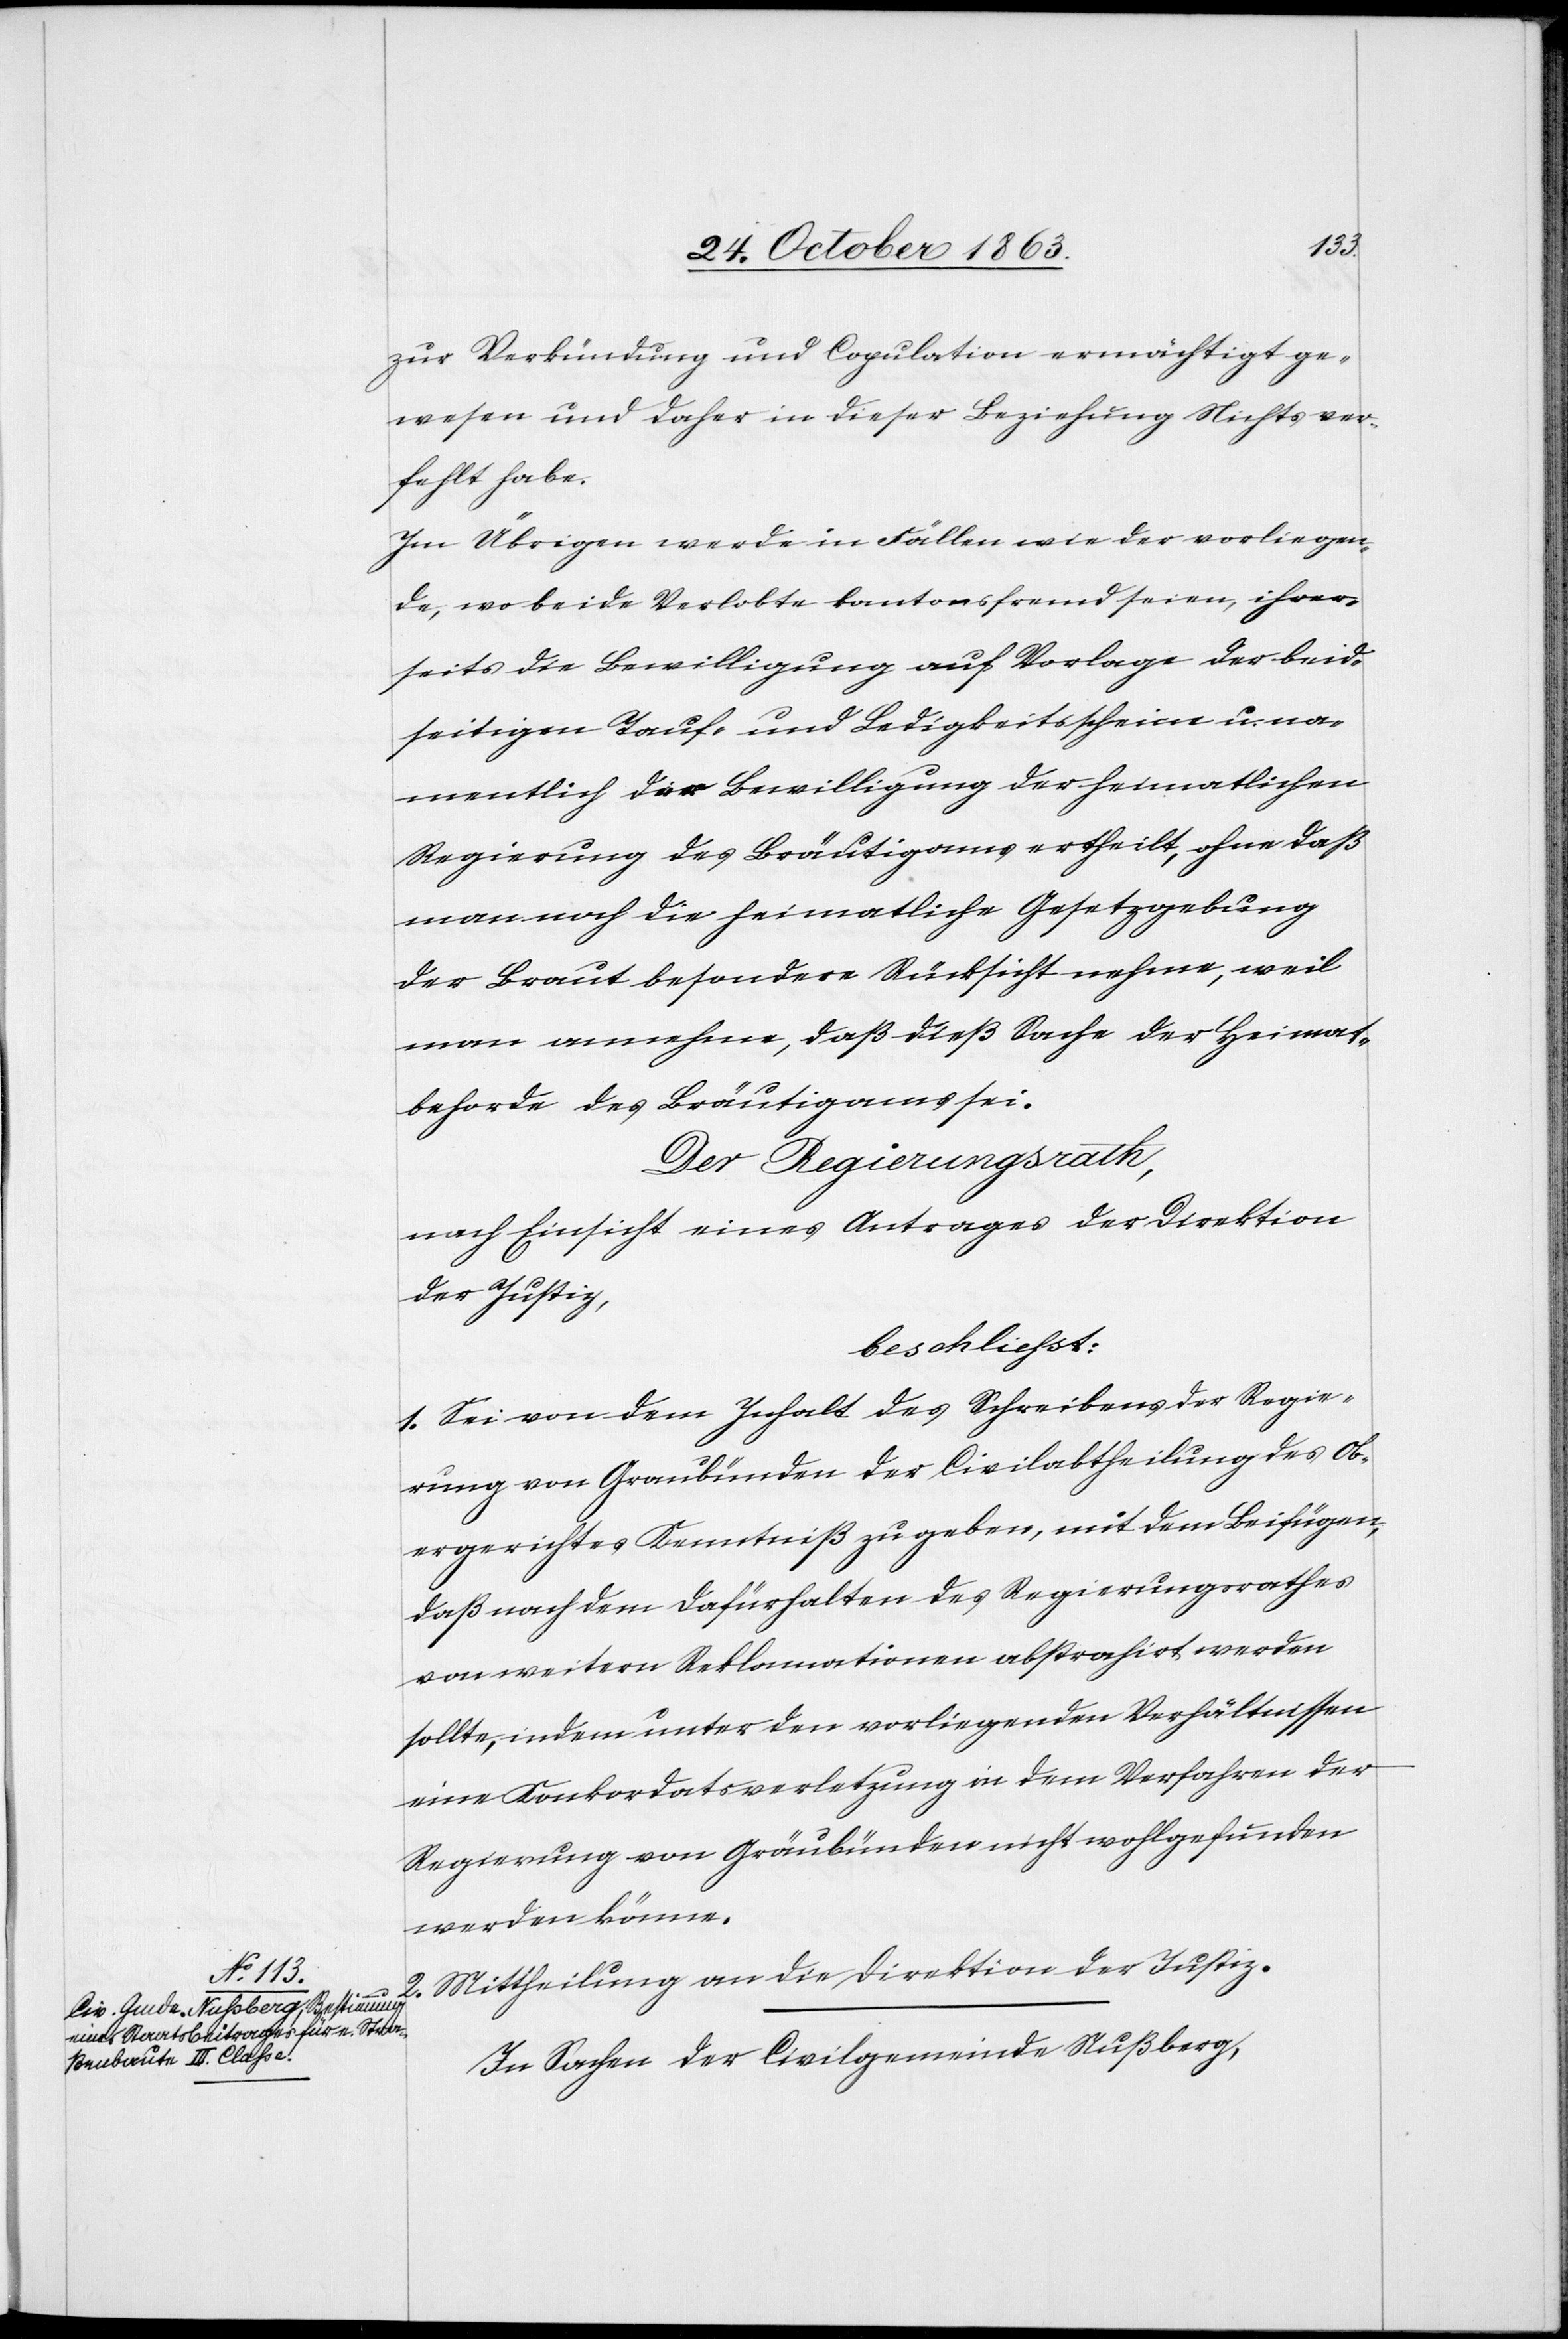
zur Verkündung und Copulation ermächtigt ge¬
wesen und daher in dieser Beziehung Nichts ver¬
fehlt habe.
Im Übrigen werde in Fällen wie der vorliegen¬
de, wo beide Verlobte kantonsfremd seien, ihrer¬
seits die Bewilligung auf Vorlage der beid¬
seitigen Tauf- und Ledigkeitsscheine u. na¬
mentlich der Bewilligung der heimatlichen
Regierung des Bräutigams ertheilt, ohne daß
man noch die heimatliche Gesetzgebung
der Braut besondere Rücksicht nehme [sic!], weil
man annehme, daß dieß Sache der Heimat¬
behorde [sic!] des Bräutigams sei.
Der Regierungsrath
nach Einsicht eines Antrages der Direktion
der Justiz,
beschliesst:
1. Sei von dem Inhalt des Schreibens der Regie¬
rung von Graubünden der Civilabtheilung des Ob¬
ergerichtes Kenntniß zu geben, mit dem Beifügen,
daß nach dem Dafürhalten des Regierungsrathes
von weitern Reklamationen abstrahirt werden
sollte, indem unter den vorliegenden Verhältnissen
eine Konkordatsverletzung in dem Verfahren der
Regierung von Gräubünden [sic!] nicht wohlgefunden
werden könne.
2. Mittheilung an die Direktion der Justiz.
In Sachen der Civilgemeinde Nußberg,